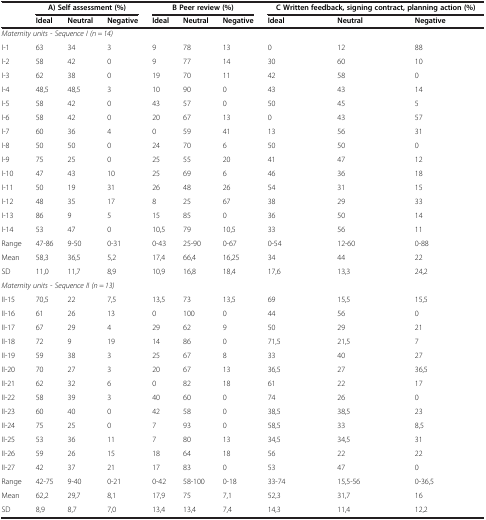
<table><thead><tr><td><b> </b></td><td colspan="3"><b>A) Self assessment (%)</b></td><td colspan="3"><b>B Peer review (%)</b></td><td colspan="3"><b>C Written feedback, signing contract, planning action (%)</b></td></tr><tr><td><b> </b></td><td><b>Ideal</b></td><td><b>Neutral</b></td><td><b>Negative</b></td><td><b>Ideal</b></td><td><b>Neutral</b></td><td><b>Negative</b></td><td><b>Ideal</b></td><td><b>Neutral</b></td><td><b>Negative</b></td></tr></thead><tbody><tr><td colspan="10"><i>Maternity units - Sequence I (n = 14)</i></td></tr><tr><td>I-1</td><td>63</td><td>34</td><td>3</td><td>9</td><td>78</td><td>13</td><td>0</td><td>12</td><td>88</td></tr><tr><td>I-2</td><td>58</td><td>42</td><td>0</td><td>9</td><td>77</td><td>14</td><td>30</td><td>60</td><td>10</td></tr><tr><td>I-3</td><td>62</td><td>38</td><td>0</td><td>19</td><td>70</td><td>11</td><td>42</td><td>58</td><td>0</td></tr><tr><td>I-4</td><td>48,5</td><td>48,5</td><td>3</td><td>10</td><td>90</td><td>0</td><td>43</td><td>43</td><td>14</td></tr><tr><td>I-5</td><td>58</td><td>42</td><td>0</td><td>43</td><td>57</td><td>0</td><td>50</td><td>45</td><td>5</td></tr><tr><td>I-6</td><td>58</td><td>42</td><td>0</td><td>20</td><td>67</td><td>13</td><td>0</td><td>43</td><td>57</td></tr><tr><td>I-7</td><td>60</td><td>36</td><td>4</td><td>0</td><td>59</td><td>41</td><td>13</td><td>56</td><td>31</td></tr><tr><td>I-8</td><td>50</td><td>50</td><td>0</td><td>24</td><td>70</td><td>6</td><td>50</td><td>50</td><td>0</td></tr><tr><td>I-9</td><td>75</td><td>25</td><td>0</td><td>25</td><td>55</td><td>20</td><td>41</td><td>47</td><td>12</td></tr><tr><td>I-10</td><td>47</td><td>43</td><td>10</td><td>25</td><td>69</td><td>6</td><td>46</td><td>36</td><td>18</td></tr><tr><td>I-11</td><td>50</td><td>19</td><td>31</td><td>26</td><td>48</td><td>26</td><td>54</td><td>31</td><td>15</td></tr><tr><td>I-12</td><td>48</td><td>35</td><td>17</td><td>8</td><td>25</td><td>67</td><td>38</td><td>29</td><td>33</td></tr><tr><td>I-13</td><td>86</td><td>9</td><td>5</td><td>15</td><td>85</td><td>0</td><td>36</td><td>50</td><td>14</td></tr><tr><td>I-14</td><td>53</td><td>47</td><td>0</td><td>10,5</td><td>79</td><td>10,5</td><td>33</td><td>56</td><td>11</td></tr><tr><td>Range</td><td>47-86</td><td>9-50</td><td>0-31</td><td>0-43</td><td>25-90</td><td>0-67</td><td>0-54</td><td>12-60</td><td>0-88</td></tr><tr><td>Mean</td><td>58,3</td><td>36,5</td><td>5,2</td><td>17,4</td><td>66,4</td><td>16,25</td><td>34</td><td>44</td><td>22</td></tr><tr><td>SD</td><td>11,0</td><td>11,7</td><td>8,9</td><td>10,9</td><td>16,8</td><td>18,4</td><td>17,6</td><td>13,3</td><td>24,2</td></tr><tr><td colspan="10"><i>Maternity units - Sequence II (n = 13)</i></td></tr><tr><td>II-15</td><td>70,5</td><td>22</td><td>7,5</td><td>13,5</td><td>73</td><td>13,5</td><td>69</td><td>15,5</td><td>15,5</td></tr><tr><td>II-16</td><td>61</td><td>26</td><td>13</td><td>0</td><td>100</td><td>0</td><td>44</td><td>56</td><td>0</td></tr><tr><td>II-17</td><td>67</td><td>29</td><td>4</td><td>29</td><td>62</td><td>9</td><td>50</td><td>29</td><td>21</td></tr><tr><td>II-18</td><td>72</td><td>9</td><td>19</td><td>14</td><td>86</td><td>0</td><td>71,5</td><td>21,5</td><td>7</td></tr><tr><td>II-19</td><td>59</td><td>38</td><td>3</td><td>25</td><td>67</td><td>8</td><td>33</td><td>40</td><td>27</td></tr><tr><td>II-20</td><td>70</td><td>27</td><td>3</td><td>20</td><td>67</td><td>13</td><td>36,5</td><td>27</td><td>36,5</td></tr><tr><td>II-21</td><td>62</td><td>32</td><td>6</td><td>0</td><td>82</td><td>18</td><td>61</td><td>22</td><td>17</td></tr><tr><td>II-22</td><td>58</td><td>39</td><td>3</td><td>40</td><td>60</td><td>0</td><td>74</td><td>26</td><td>0</td></tr><tr><td>II-23</td><td>60</td><td>40</td><td>0</td><td>42</td><td>58</td><td>0</td><td>38,5</td><td>38,5</td><td>23</td></tr><tr><td>II-24</td><td>75</td><td>25</td><td>0</td><td>7</td><td>93</td><td>0</td><td>58,5</td><td>33</td><td>8,5</td></tr><tr><td>II-25</td><td>53</td><td>36</td><td>11</td><td>7</td><td>80</td><td>13</td><td>34,5</td><td>34,5</td><td>31</td></tr><tr><td>II-26</td><td>59</td><td>26</td><td>15</td><td>18</td><td>64</td><td>18</td><td>56</td><td>22</td><td>22</td></tr><tr><td>II-27</td><td>42</td><td>37</td><td>21</td><td>17</td><td>83</td><td>0</td><td>53</td><td>47</td><td>0</td></tr><tr><td>Range</td><td>42-75</td><td>9-40</td><td>0-21</td><td>0-42</td><td>58-100</td><td>0-18</td><td>33-74</td><td>15,5-56</td><td>0-36,5</td></tr><tr><td>Mean</td><td>62,2</td><td>29,7</td><td>8,1</td><td>17,9</td><td>75</td><td>7,1</td><td>52,3</td><td>31,7</td><td>16</td></tr><tr><td>SD</td><td>8,9</td><td>8,7</td><td>7,0</td><td>13,4</td><td>13,4</td><td>7,4</td><td>14,3</td><td>11,4</td><td>12,2</td></tr></tbody></table>